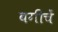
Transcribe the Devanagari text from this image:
बगीचें